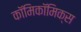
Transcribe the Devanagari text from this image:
काॅमिकॉमिक्स